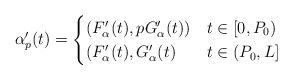
\begin{align*}\alpha_p'(t) =\begin{cases}(F_\alpha'(t), p G_\alpha'(t)) & t \in [0,P_0) \\(F_\alpha'(t), G_\alpha'(t) & t \in (P_0,L] \\\end{cases}\end{align*}